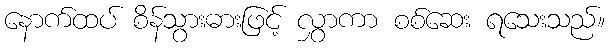
နောက်ထပ် စိန်သွားဓားဖြင့် လွှာကာ စစ်ဆေး ရသေးသည်။